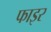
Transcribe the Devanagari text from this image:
फाइर